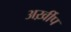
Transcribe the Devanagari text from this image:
अर्ख़ीप